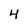
Character: 4